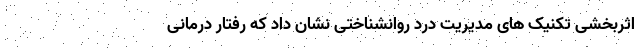
اثربخشی تکنیک های مدیریت درد روانشناختی نشان داد که رفتار درمانی